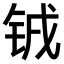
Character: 𫓰